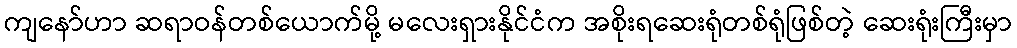
ကျနော်ဟာ ဆရာဝန်တစ်ယောက်မို့ မလေးရှားနိုင်ငံက အစိုးရဆေးရုံတစ်ရုံဖြစ်တဲ့ ဆေးရုံးကြီးမှာ